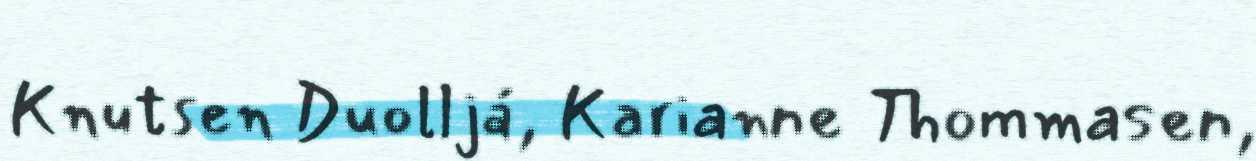
Knutsen Duolljá, Karianne Thommasen,